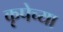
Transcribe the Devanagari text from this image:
कृपेच्या